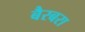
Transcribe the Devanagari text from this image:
बैरबरा